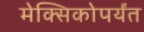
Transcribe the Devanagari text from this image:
मेक्सिकोपर्यंत